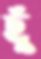
ছুঁ